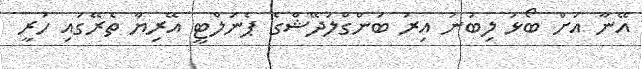
އޭނާ އަށް ބޯޅަ ލިބުނު އިރު ބަންގްލަދޭޝްގެ ޕެނަލްޓީ އޭރިޔާ ތެރޭގައި ހުރީ